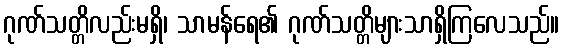
ဂုဏ်သတ္တိလည်းမရှိ၊ သာမန်ရေ၏ ဂုဏ်သတ္တိများသာရှိကြလေသည်။